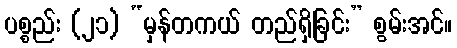
ပစ္စည်း (၂၁) “မှန်တကယ် တည်ရှိခြင်း” စွမ်းအင်။